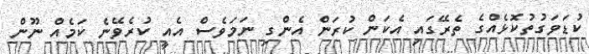
ކުޑަވަގުތުކޮޅެއްގެ ތެރޭގައި އެކަން ކުރަން އެންގި ނަމަވެސް އެއީ ކުރެވޭނެ ކަމެއް ނޫން